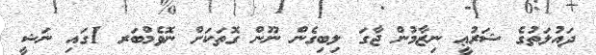
ދައުލަތުގެ ޝަރުޢީ ނިޒާމުން ޖާގަ ލިބިގެން ނޫން ގޮތަކަށް ނޮވެމްބަރ 1ގައި ނަޝީ